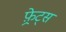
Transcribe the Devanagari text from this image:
फ़्रेट्स